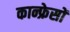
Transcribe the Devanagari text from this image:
कान्फ्रेसों